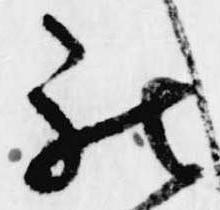
被